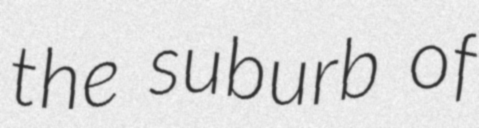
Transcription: the suburb of